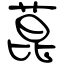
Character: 菎